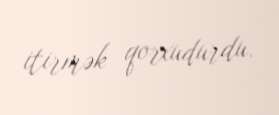
itirmək qorxudurdu.